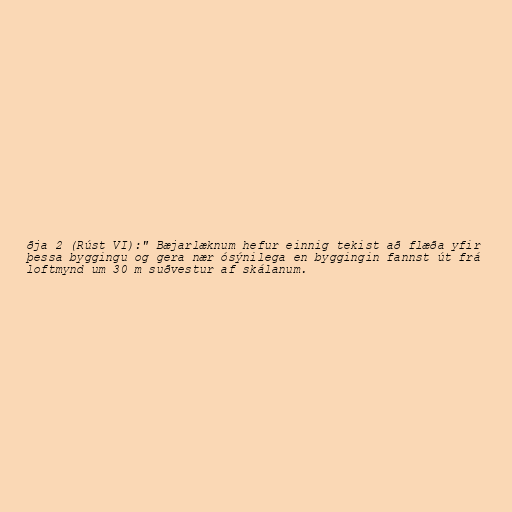
ðja 2 (Rúst VI):" Bæjarlæknum hefur einnig tekist að flæða yfir
þessa byggingu og gera nær ósýnilega en byggingin fannst út frá
loftmynd um 30 m suðvestur af skálanum.